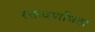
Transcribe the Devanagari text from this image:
रक्तवर्णाधता